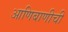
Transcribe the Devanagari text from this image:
आणिबाणीची